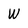
Character: W